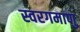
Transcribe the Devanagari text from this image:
स्वरगमाणु